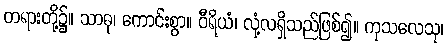
တရားတို့၌။ သာဓု၊ ကောင်းစွာ။ ဝီရိယံ၊ လုံ့လရှိသည်ဖြစ်၍။ ကုသလေသု၊